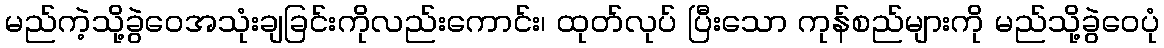
မည်ကဲ့သို့ခွဲဝေအသုံးချခြင်းကိုလည်းကောင်း၊ ထုတ်လုပ် ပြီးသော ကုန်စည်များကို မည်သို့ခွဲဝေပုံ